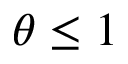
\theta \leq 1